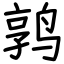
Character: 鹑